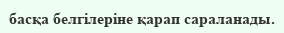
басқа белгілеріне қарап сараланады.